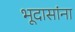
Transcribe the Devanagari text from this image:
भूदासांना